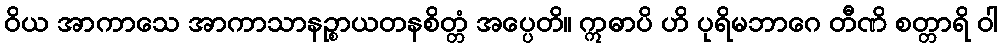
ဝိယ အာကာသေ အာကာသာနဉ္စာယတနစိတ္တံ အပ္ပေတိ။ ဣဓာပိ ဟိ ပုရိမဘာဂေ တီဏိ စတ္တာရိ ဝါ